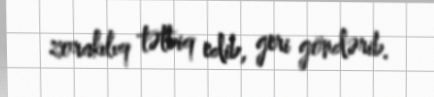
zorakılıq tətbiq edib, geri göndərib.